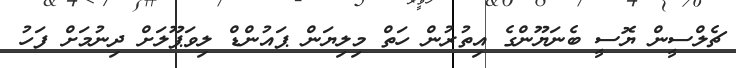
ޗެލްސީން ޔޮސީ ބެނަޔޫންގެ އިތުރުން ހަތް މިލިޔަން ޕައުންޑް ލިވަޕޫލަށް ދިނުމަށް ފަހު